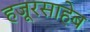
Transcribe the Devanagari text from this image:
हजूरसाहेब